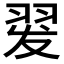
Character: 𰭡